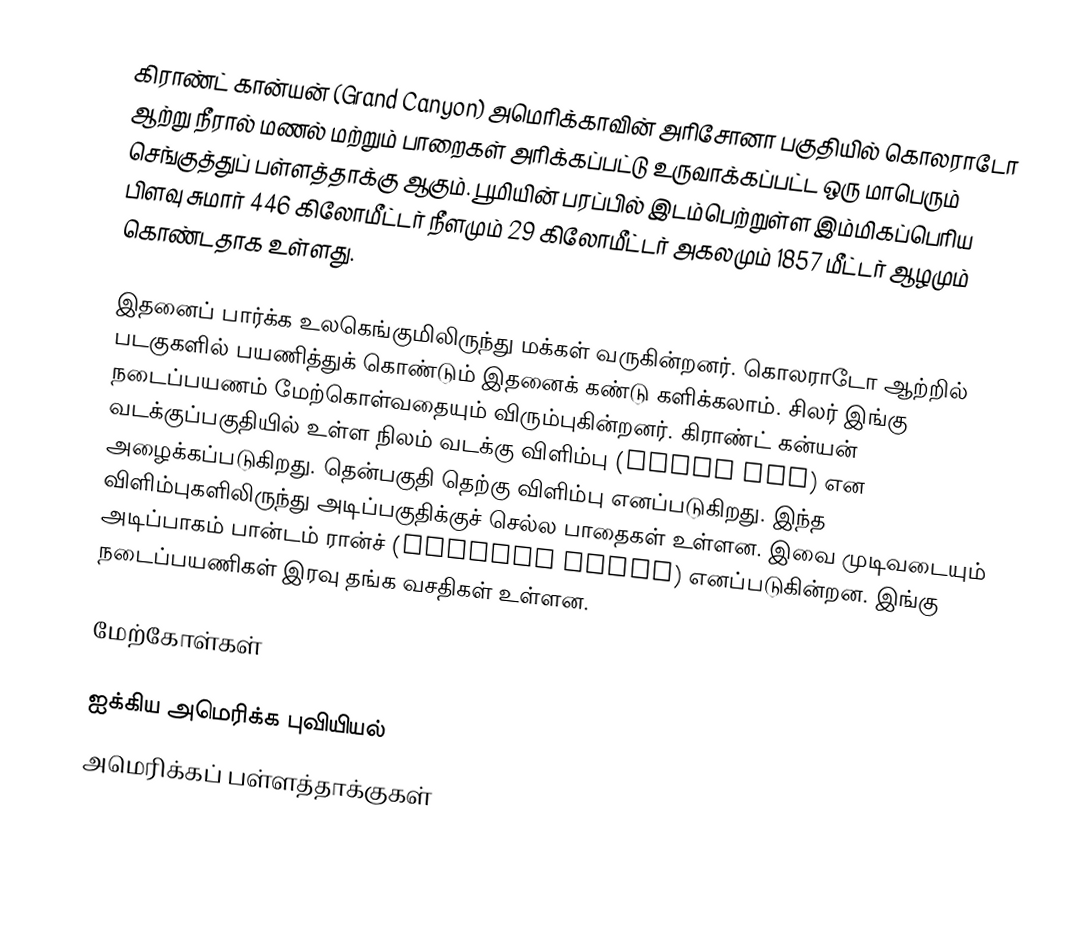
கிராண்ட் கான்யன் (Grand Canyon) அமெரிக்காவின் அரிசோனா பகுதியில் கொலராடோ ஆற்று நீரால் மணல் மற்றும் பாறைகள் அரிக்கப்பட்டு உருவாக்கப்பட்ட ஒரு  மாபெரும் செங்குத்துப் பள்ளத்தாக்கு ஆகும். பூமியின் பரப்பில் இடம்பெற்றுள்ள இம்மிகப்பெரிய பிளவு சுமார் 446 கிலோமீட்டர் நீளமும் 29 கிலோமீட்டர் அகலமும் 1857 மீட்டர் ஆழமும் கொண்டதாக உள்ளது.

இதனைப் பார்க்க உலகெங்குமிலிருந்து மக்கள் வருகின்றனர். கொலராடோ ஆற்றில் படகுகளில் பயணித்துக் கொண்டும் இதனைக் கண்டு களிக்கலாம். சிலர் இங்கு நடைப்பயணம் மேற்கொள்வதையும் விரும்புகின்றனர். கிராண்ட் கன்யன் வடக்குப்பகுதியில் உள்ள நிலம் வடக்கு விளிம்பு (North Rim) என அழைக்கப்படுகிறது. தென்பகுதி தெற்கு விளிம்பு எனப்படுகிறது. இந்த விளிம்புகளிலிருந்து அடிப்பகுதிக்குச் செல்ல பாதைகள் உள்ளன. இவை முடிவடையும் அடிப்பாகம் பான்டம் ரான்ச் (Phantom Ranch) எனப்படுகின்றன. இங்கு நடைப்பயணிகள் இரவு தங்க வசதிகள் உள்ளன.

மேற்கோள்கள்

ஐக்கிய அமெரிக்க புவியியல்
அமெரிக்கப் பள்ளத்தாக்குகள்